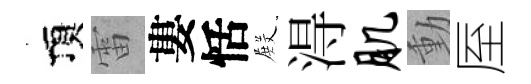
頂雷婁恬𭮺淂肌動厔